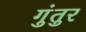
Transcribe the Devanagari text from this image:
गुंतुर